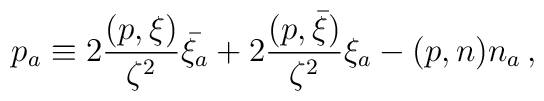
p_a\equiv2\frac{(p,\xi)}{\zeta^2}\bar{\xi_a}+2\frac{(p,\bar{\xi})}{\zeta^2}\xi_a-(p,n)n_a\,,